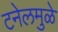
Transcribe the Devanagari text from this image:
टनेलमुळे